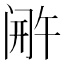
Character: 𬮫